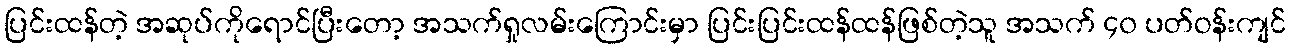
ပြင်းထန်တဲ့ အဆုပ်ကိုရောင်ပြီးတော့ အသက်ရှုလမ်းကြောင်းမှာ ပြင်းပြင်းထန်ထန်ဖြစ်တဲ့သူ အသက် ၄၀ ပတ်ဝန်းကျင်